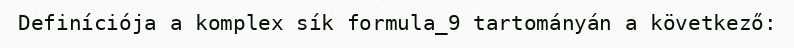
Definíciója a komplex sík formula_9 tartományán a következő: